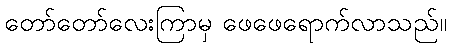
တော်တော်လေးကြာမှ ဖေဖေရောက်လာသည်။